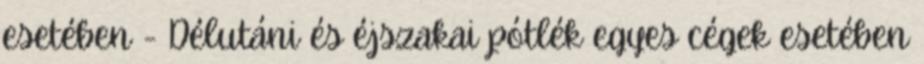
esetében - Délutáni és éjszakai pótlék egyes cégek esetében